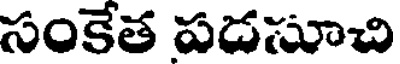
సంకేత పడసూచి